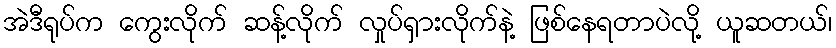
အဲဒီရုပ်က ကွေးလိုက် ဆန့်လိုက် လှုပ်ရှားလိုက်နဲ့ ဖြစ်နေရတာပဲလို့ ယူဆတယ်၊